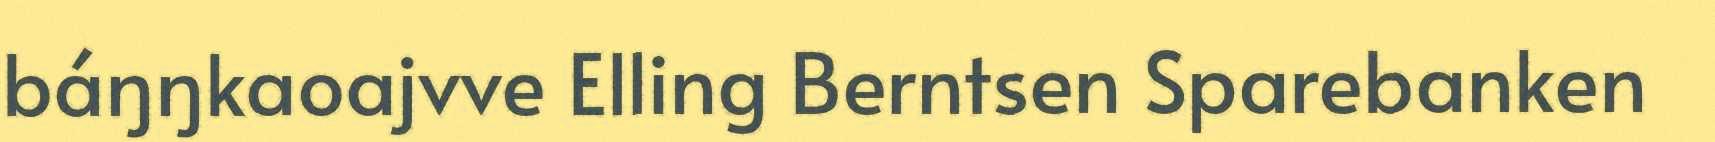
báŋŋkaoajvve Elling Berntsen Sparebanken